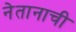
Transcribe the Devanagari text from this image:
नेतानाची